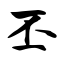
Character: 丕